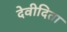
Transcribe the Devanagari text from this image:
देवीदिता